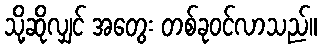
သို့ဆိုလျှင် အတွေး တစ်ခုဝင်လာသည်။